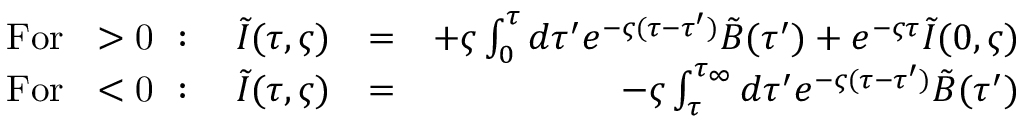
\begin{array} { r l r } { \mathrm { F o r ~ \varsigma > 0 ~ } : \quad \tilde { I } ( \tau , \varsigma ) } & { = } & { + \varsigma \int _ { 0 } ^ { \tau } d \tau ^ { \prime } e ^ { - \varsigma ( \tau - \tau ^ { \prime } ) } \tilde { B } ( \tau ^ { \prime } ) + e ^ { - \varsigma \tau } \tilde { I } ( 0 , \varsigma ) } \\ { \mathrm { F o r ~ \varsigma < 0 ~ } : \quad \tilde { I } ( \tau , \varsigma ) } & { = } & { - \varsigma \int _ { \tau } ^ { \tau _ { \infty } } d \tau ^ { \prime } e ^ { - \varsigma ( \tau - \tau ^ { \prime } ) } \tilde { B } ( \tau ^ { \prime } ) } \end{array}